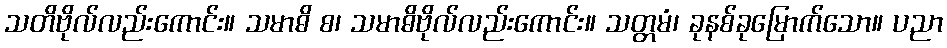
သတိဗိုလ်လည်းကောင်း။ သမာဓိ စ၊ သမာဓိဗိုလ်လည်းကောင်း။ သတ္တမံ၊ ခုနစ်ခုမြောက်သော။ ပညာ